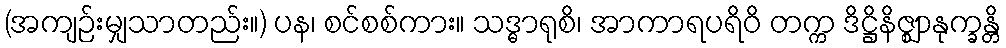
(အကျဉ်းမျှသာတည်း။) ပန၊ စင်စစ်ကား။ သဒ္ဓာရုစိ၊ အာကာရပရိဝိ တက္က ဒိဋ္ဌိနိဇ္ဈာနုက္ခန္တိ